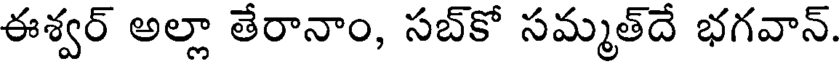
ఈశ్వర్ అల్లా తేరానాం, సబ్కో సమ్మత్దే భగవాన్.